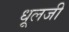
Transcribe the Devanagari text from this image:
धूलजी